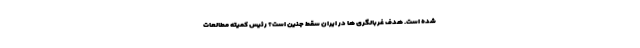
شده است. هدف غربالگری ها در ایران سقط جنین است؟ رئیس کمیته مطالعات